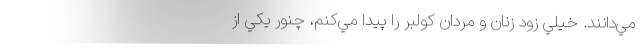
مي‌دانند. خيلي زود زنان و مردان كولبر را پيدا مي‌كنم، چنور يكي از